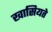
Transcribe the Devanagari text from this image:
खासियते